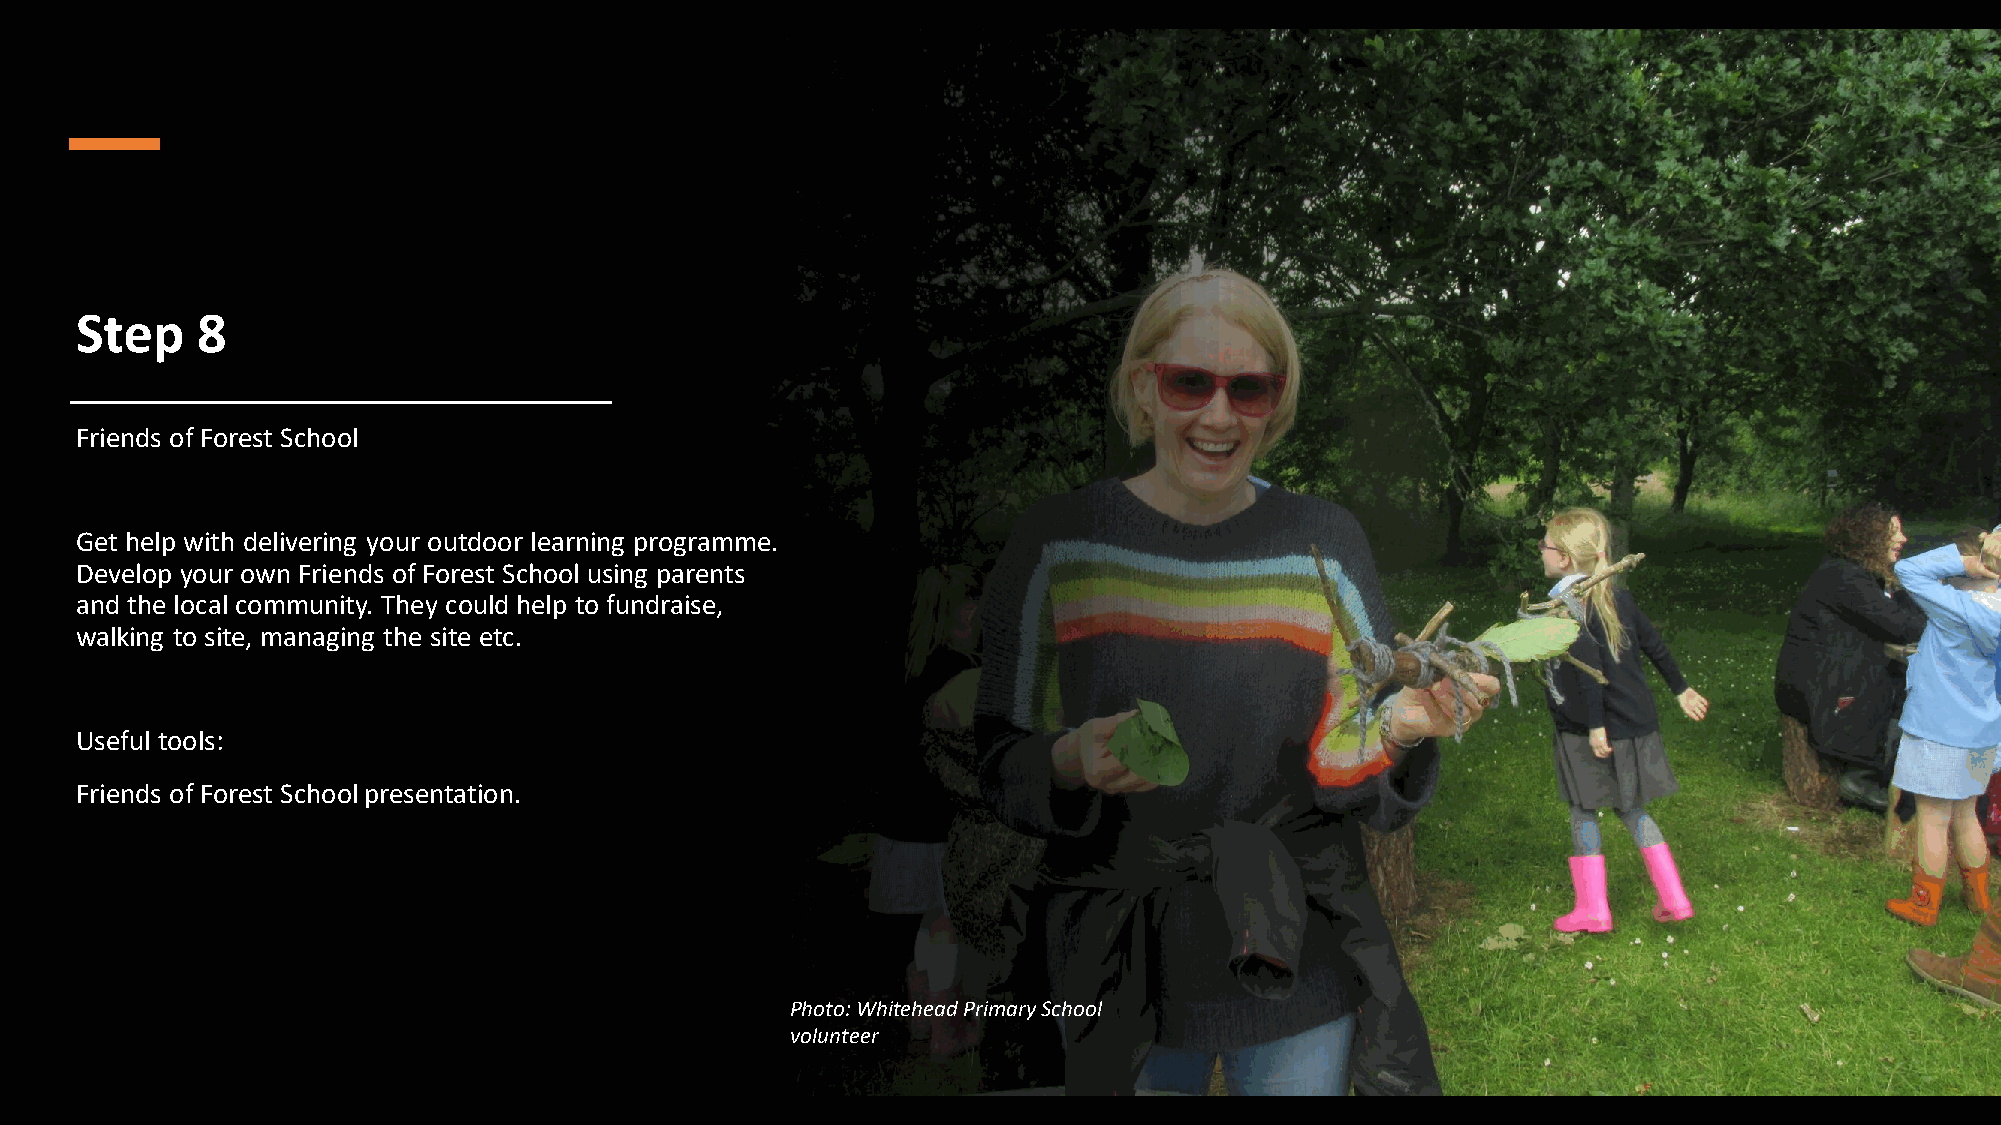
Step    8
 Friends of Forest School
 Get help with delivering your outdoor learning programme.
 Develop your own Friends of Forest School using parents
 and the local community. They could help to fundraise,
 walking to site, managing the site etc.
 Useful tools:
 Friends of Forest School presentation.
 Photo: Whitehead Primary School
 volunteer